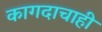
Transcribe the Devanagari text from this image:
कागदाचाही